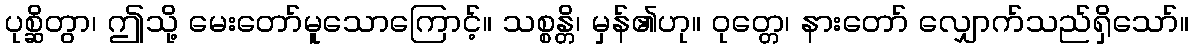
ပုစ္ဆိတွာ၊ ဤသို့ မေးတော်မူသောကြောင့်။ သစ္စန္တိ၊ မှန်၏ဟု။ ဝုတ္တေ၊ နားတော် လျှောက်သည်ရှိသော်။